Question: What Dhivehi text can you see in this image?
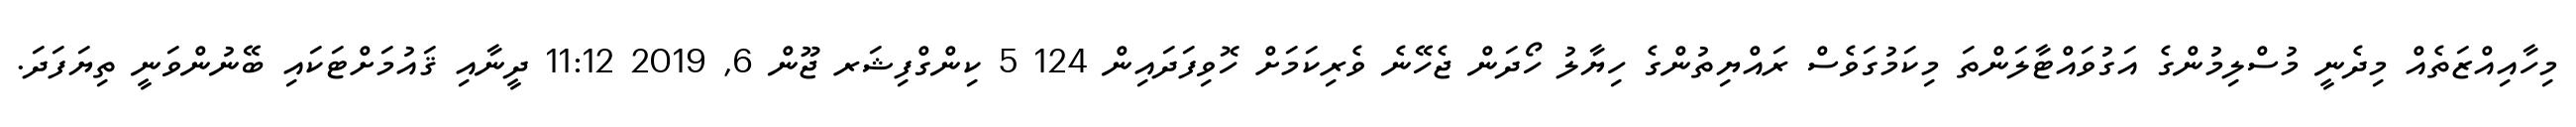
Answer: މިހާއިއްޒަތެއް މިދެނީ މުސްލިމުންގެ އަގުވައްޓާލަންތަ މިކަމުގަވެސް ރައްޔިތުންގެ ހިޔާލު ހޯދަން ޖެހޭނެ ވެރިކަމަށް ހޮވިފަދައިން 124 5 ކިންގްފިޝަރ ޖޫން 6, 2019 11:12 ދީނާއި ޤައުމަށްޓަކައި ބޭނުންވަނީ ތިޔަފަދަ.